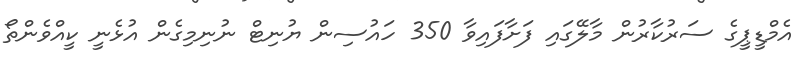
އެމްޑީޕީގެ ސަރުކާރުން މާލޭގައި ފަށާފައިވާ 350 ހައުސިން ޔުނިޓް ނުނިމިގެން އުޅެނީ ކީއްވެެންތޯ